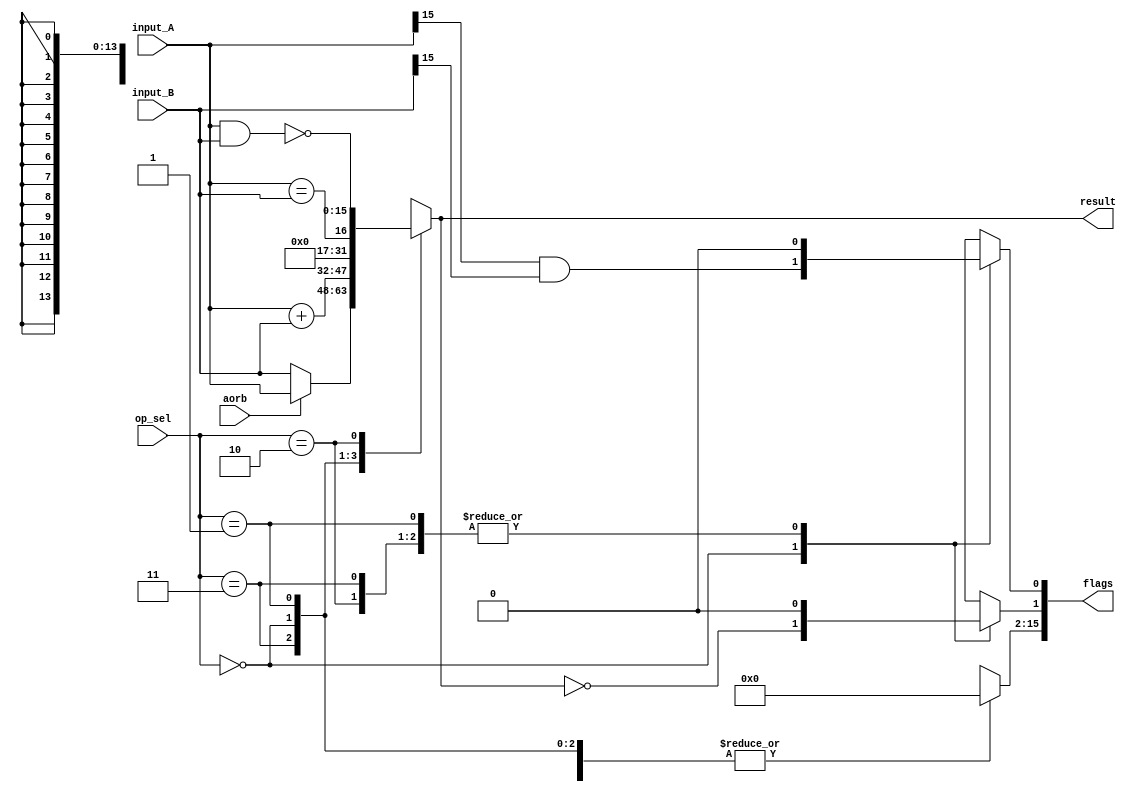
module alu_risc(input_A,input_B,result,op_sel,flags,aorb);

input [15:0] input_A;									
input [15:0] input_B;
input [1:0] op_sel;
input aorb;
output [15:0] result;
output [15:0] flags;
reg  [15:0] result;
reg  [15:0] flags;

wire line1;
assign line1 = (input_A[15]) & (input_B[15]);
always @(*) begin
	case(op_sel)	
		2'b11: 													//Nop
		begin
		flags  <= 16'b0;
		if(aorb)
		result <= input_A;
		else 
		result <= input_B;
		end
		
		2'b00:													//Add
		begin
		result <= input_A + input_B;			
		flags[1] <= (result == 16'b0);
		flags[0] <=  line1 ;
		flags[15:2] = 14'b0;
		end

		2'b01:													//Equality
		begin 
		flags <= 16'b00;		
		result <= (input_A == input_B);		
		end
		
		2'b10:													//NAnd
		begin
		result <= ~(input_A & input_B);
		flags  <= 16'b0;
		end
		
		default:
		begin
		result <= 16'b0;
		flags  <= 16'b0;
		end
	endcase	
end

endmodule